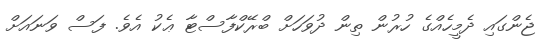
ޖެންގައި ދެމީހެއްގެ ހުރުން ތިން ދުވަހަށް ބްރޭކްފާސްޓާ ޢެކު އެވެ. ފަސް ވަނައަށް